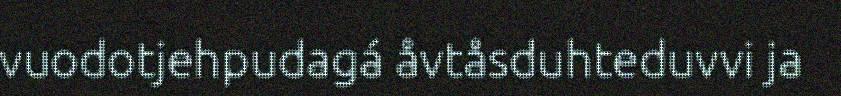
vuodotjehpudagá åvtåsduhteduvvi ja